Reports on military cantonments and civil stations in the Presidency of Bombay inspected by the Sanitary Commissioner in the years 1875 and 1876
Year: 1875
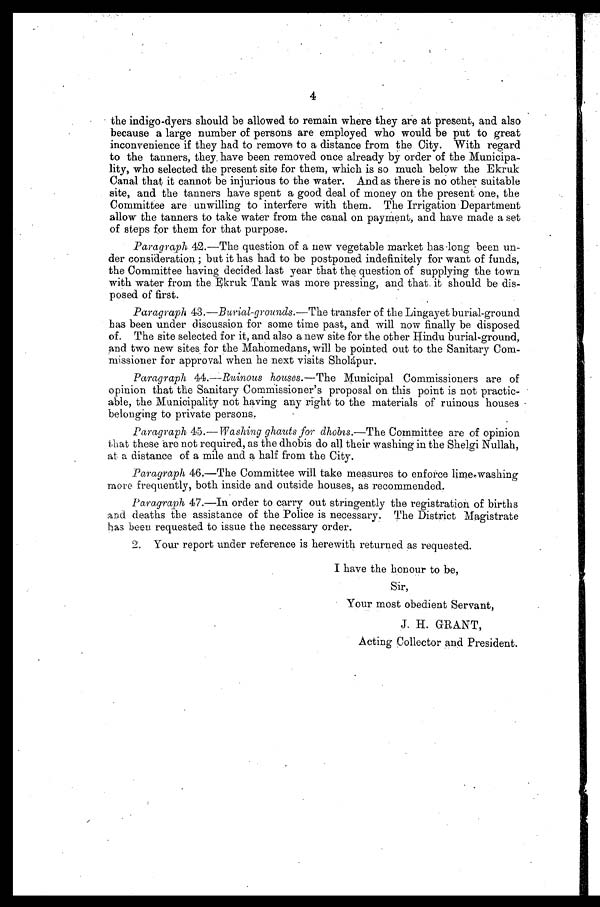
4
the indigo-dyers should be allowed to remain where they are at present, and also
because a large number of persons are employed who would be put to great
inconvenience if they had to remove to a distance from the City. With regard
to the tanners, they have been removed once already by order of the Municipa-
lity, who selected the present site for them, which is so much below the Ekruk
Canal that it cannot be injurious to the water. And as there is no other suitable
site, and the tanners have spent a good deal of money on the present one, the
Committee are unwilling to interfere with them. The Irrigation Department
allow the tanners to take water from the canal on payment, and have made a set
of steps for them for that purpose.
Paragraph 42.—The question of a new vegetable market has long been un-
der consideration ; but it has had to be postponed indefinitely for want of funds,
the Committee having decided last year that the question of supplying the town
with water from the Ekruk Tank was more pressing, and that it should be dis-
posed of first.
Paragraph 43. —Burial-grounds. —The transfer of the Lingayet burial-ground
has been under discussion for some time past, and will now finally be disposed
of. The site selected for it, and also a new site for the other Hindu burial-ground,
and two new sites for the Mahomedans, will be pointed out to the Sanitary Com-
missioner for approval when he next visits Sholápur.
Paragraph 44.—Ruinous houses. —The Municipal Commissioners are of
opinion that the Sanitary Commissioner's proposal on this point is not practic-
able, the Municipality not having any right to the materials of ruinous houses
belonging to private persons.
Paragraph 45. —Washing ghauts for dhobis. —The Committee are of opinion
that these are not required, as the dhobis do all their washing in the Shelgi Nullah,
at a distance of a mile and a half from the City.
Paragraph 46.—The Committee will take measures to enforce lime washing
more frequently, both inside and outside houses, as recommended.
Paragraph 47.—In order to carry out stringently the registration of births
and deaths the assistance of the Police is necessary. The District Magistrate
has been requested to issue the necessary order.
2. Your report under reference is herewith returned as requested.
I have the honour to be,
Sir,
Your most obedient Servant,
J. H. GRANT,
Acting Collector and President.